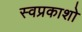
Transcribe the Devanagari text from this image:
स्वप्रकाशो